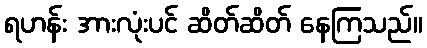
ရဟန်း အားလုံးပင် ဆိတ်ဆိတ် နေကြသည်။